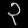
Digit: ၃